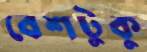
বেশটুকু